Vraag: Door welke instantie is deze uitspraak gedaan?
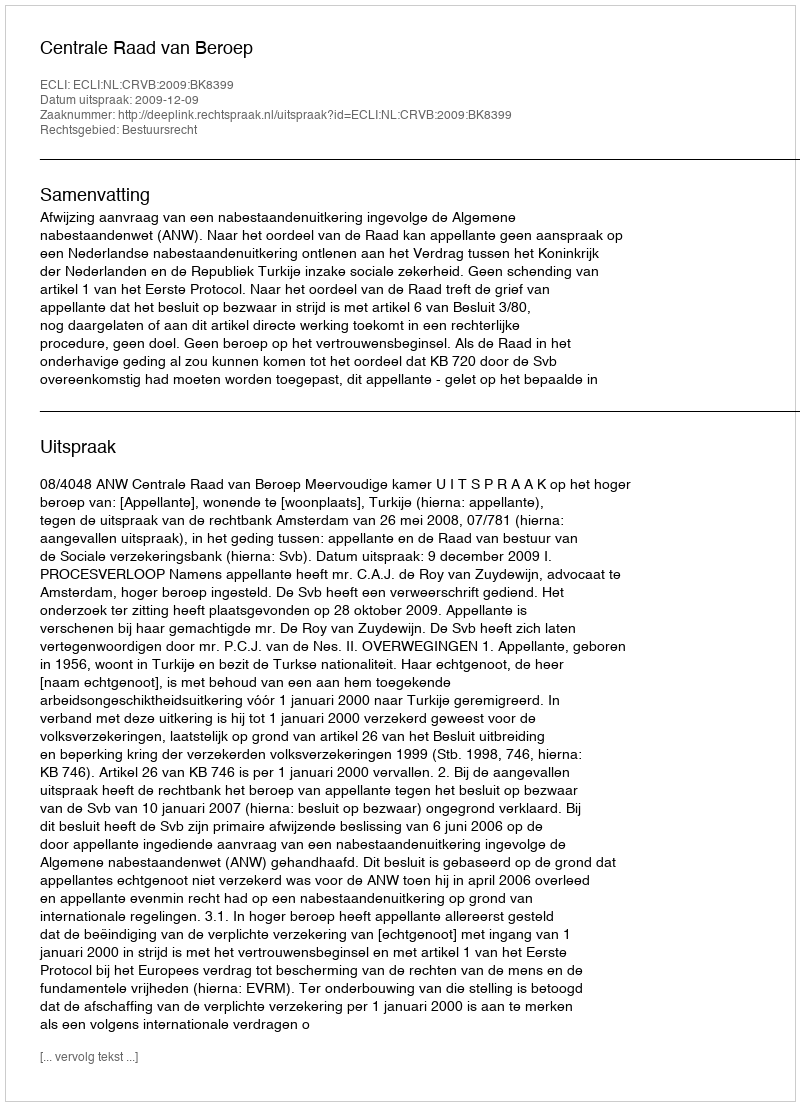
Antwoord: Centrale Raad van Beroep